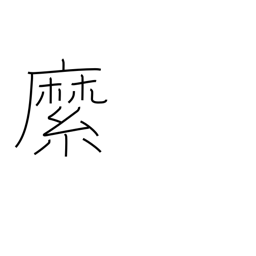
Meaning: rope